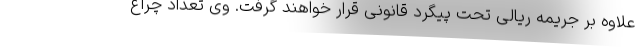
علاوه بر جریمه ریالی تحت پیگرد قانونی قرار خواهند گرفت. وی تعداد چراغ